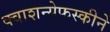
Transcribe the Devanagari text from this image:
क्वाशन्येफस्कीने